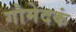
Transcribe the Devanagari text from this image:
गोमेदकं